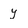
Character: y